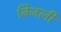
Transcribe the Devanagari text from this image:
बिजली